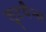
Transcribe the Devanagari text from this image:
लुटयैन्स